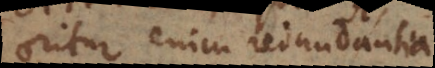
oritur enim redundantia